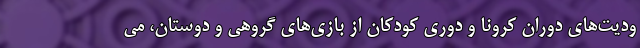
ودیت‌های دوران کرونا و دوری کودکان از بازی‌های گروهی و دوستان، می